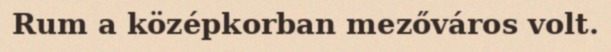
Rum a középkorban mezőváros volt.